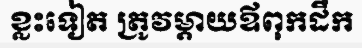
ខ្លះទៀត ត្រូវម្តាយឪពុកដឹក